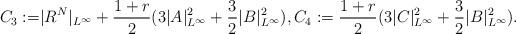
LaTeX: \begin{align*}C_3:=&|R^N|_{L^\infty}+\frac{1+r}{2}(3|A|^2_{L^\infty}+\frac{3}{2}|B|^2_{L^\infty}), C_4:=\frac{1+r}{2}(3|C|^2_{L^\infty}+\frac{3}{2}|B|^2_{L^\infty}).\end{align*}